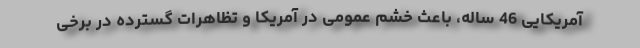
آمریکایی 46 ساله، باعث خشم عمومی در آمریکا و تظاهرات گسترده در برخی